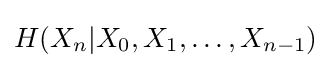
H(X_{n}|X_{0},X_{1},\dots ,X_{n-1})